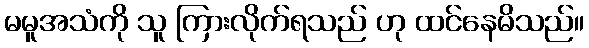
မမူအသံကို သူ ကြားလိုက်ရသည် ဟု ထင်နေမိသည်။